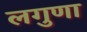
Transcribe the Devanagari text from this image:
लगुणा